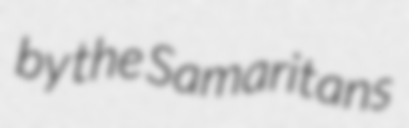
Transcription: by the Samaritans